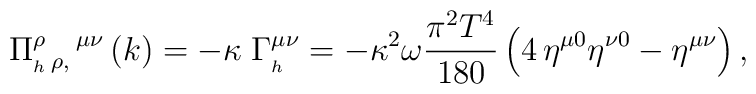
\Pi _{_h\,\rho ,}^\rho \,^{\mu \nu }\left( k\right) =-\kappa\;\Gamma _{_h\,}^{\mu \nu }=-\kappa ^2\omega\frac{\pi ^2T^4}{180}\left( 4\,\eta^{\mu 0}\eta ^{\nu 0}-\eta ^{\mu \nu }\right) ,